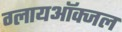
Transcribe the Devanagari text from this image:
ग्लायऑक्जल